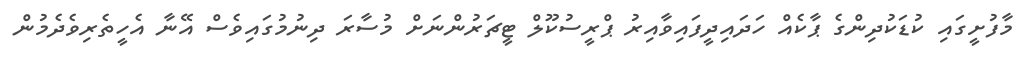
މާފުށީގައި ކުޑަކުދިންގެ ޕާކެއް ހަދައިދީފައިވާއިރު ޕްރީސުކޫލް ޓީޗަރުންނަށް މުސާރަ ދިނުމުގައިވެސް އޭނާ އެހީތެރިވެދެމުން